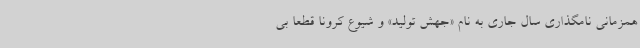
همزمانی نامگذاری سال جاری به نام «جهش تولید» و شیوع کرونا قطعا بی